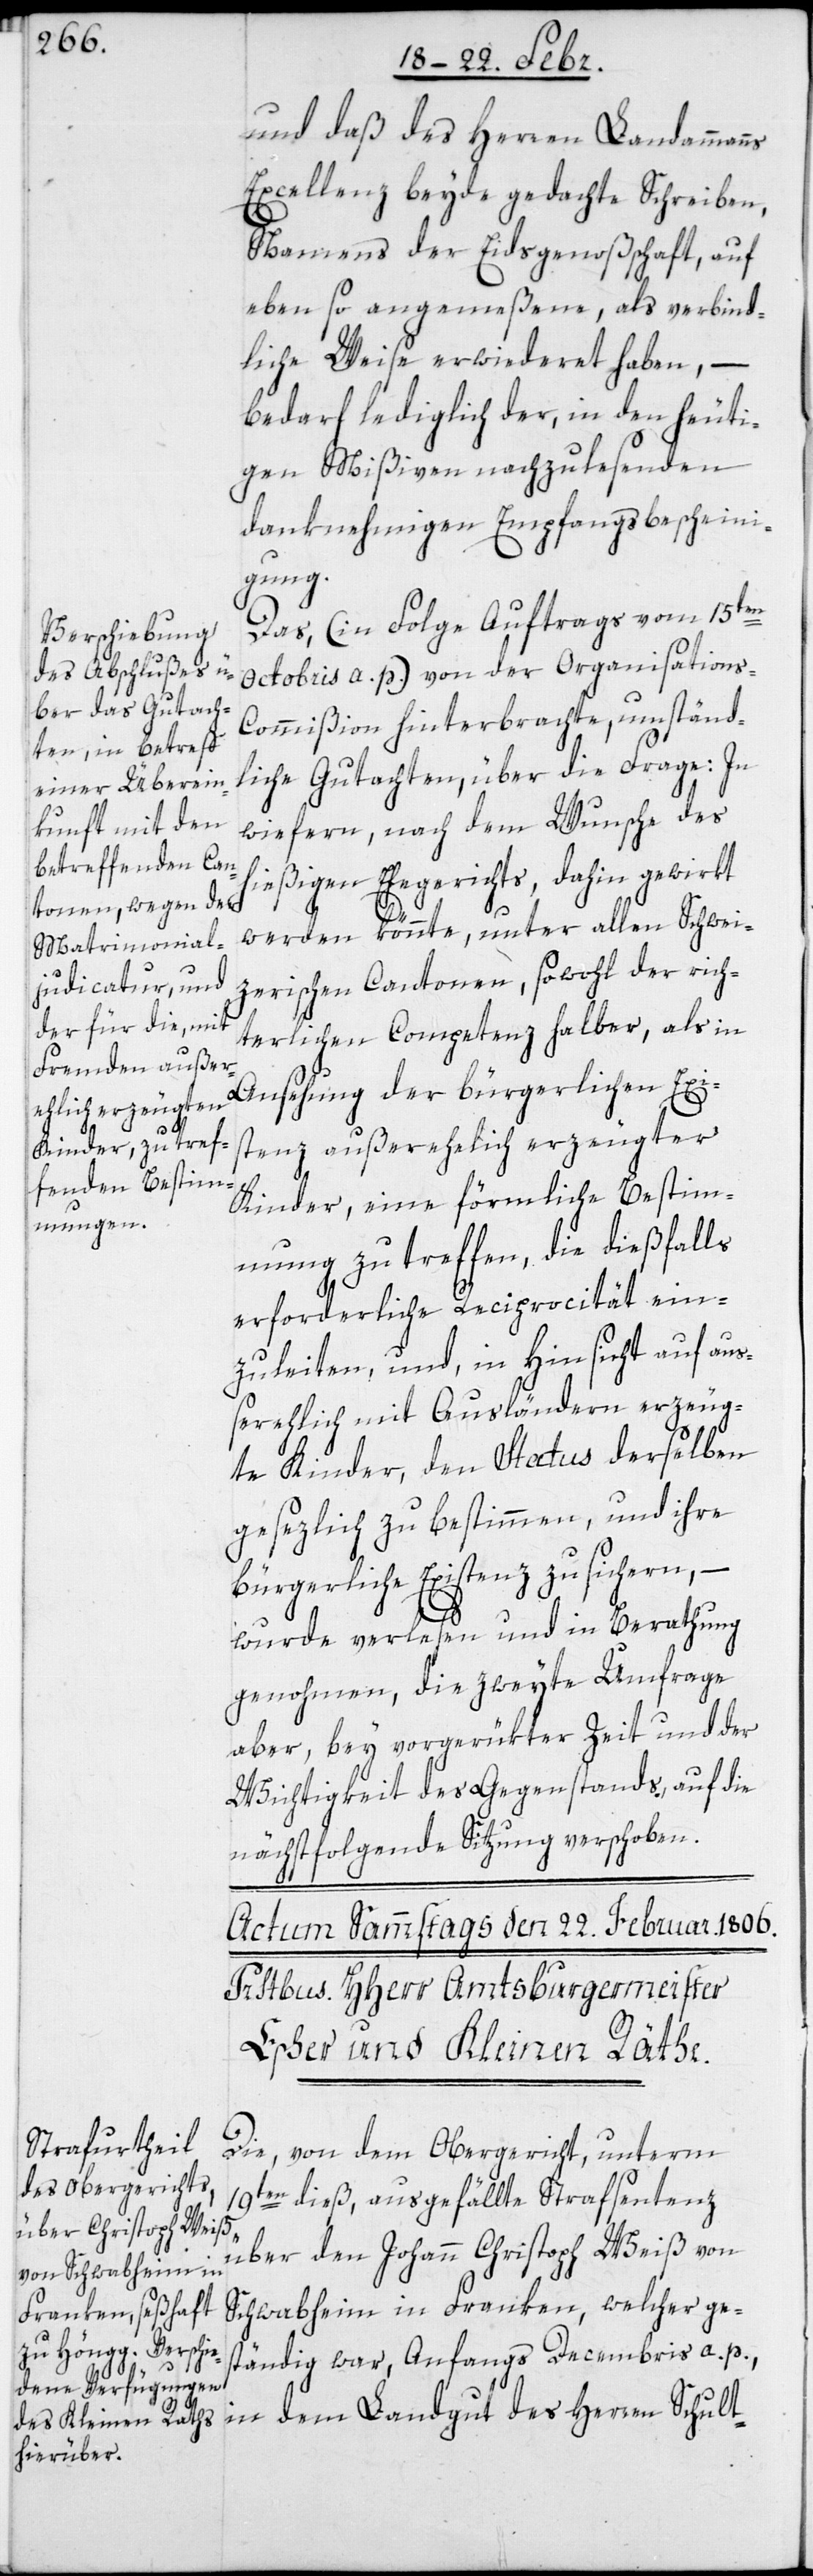
und daß des Herren Landammanns
Excellenz beyde gedachte Schreiben,
Namens der Eidsgenoßenschaft, auf
eben so angemeßene, als verbind¬
liche Weise erwideret haben, –
bedarf lediglich der, in den heuti¬
gen Mißiven nachzulesenden
danknehmigen Empfangsbescheini¬
gung.
Das, (in Folge Auftrags vom 15ten
Octobris a. p.) von der Organisation¬
s-Commißion hinterbrachte, umständ¬
liche Gutachten, über die Frage: In
wiefern, nach dem Wunsche des
hießigen Ehegerichts, dahin gewirkt
werden könnte, unter allen Schwei¬
zerischen Cantonen, sowohl der rich¬
terlichen Competenz halber, als in
Ansehung der bürgerlichen Exi¬
stenz außerehelich erzeugter
Kinder, eine förmliche Bestim¬
mung zu treffen, die dießfalls
erforderliche Reciprocität ein¬
zuleiten, und, in Hinsicht auf au¬
ßerehlich mit Ausländern erzeug¬
te Kinder, den Status derselben
gesezlich zu bestimmen, und ihre
bürgerliche Existenz zu sichern, –
wurde verlesen und in Berathung
genohmen, die zweyte Umfrage
aber, bey vorgerükter Zeit und der
Wichtigkeit des Gegenstands, auf die
nächstfolgende Sitzung verschoben.
Die, von dem Obergericht, unterm
19ten dieß ausgefällte Strafsentenz
über den Johann Christoph Weiß von
Schwabheim in Franken, welcher ge¬
ständig war, Anfangs Decembris a. p.,
in dem Landgut des Herren Schult-